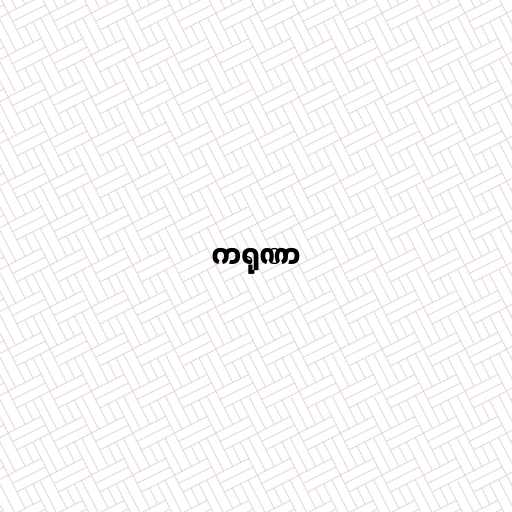
ကရုဏာ